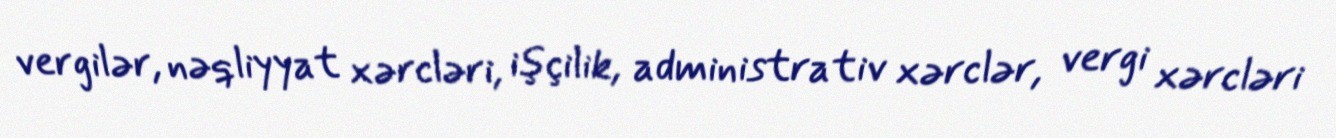
vergilər, nəqliyyat xərcləri, işçilik, administrativ xərclər, vergi xərcləri